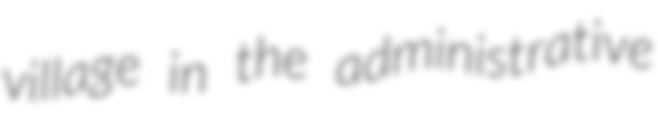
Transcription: village in the administrative